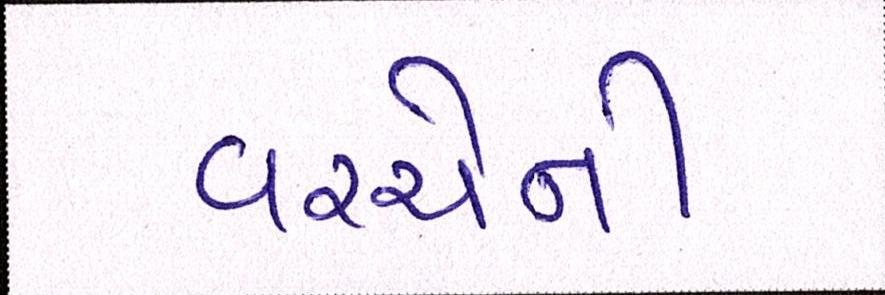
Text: વચ્ચેની